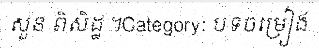
សួន ពិសិដ្ឋ ។Category: បទចម្រៀង